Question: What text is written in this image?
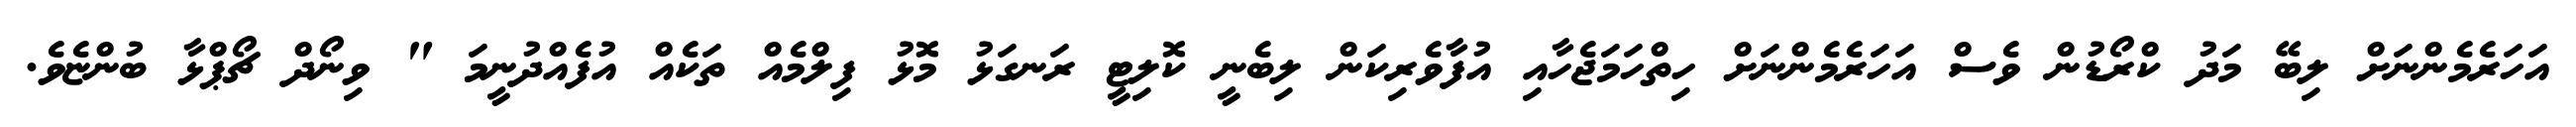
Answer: އަހަރެމެންނަށް ލިބޭ މަދު ކްރޯޑުން ވެސް އަހަރެމެންނަށް ހިތްހަމަޖެހާއި އުފާވެރިކަން ލިބެނީ ކޮލިޓީ ރަނގަޅު މޮޅު ފިލްމެއް ތަކެއް އުފެއްދުނީމަ " ވިނޯދް ޗޯޕްޅާ ބުންޏެވެ.